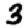
Digit: 3